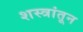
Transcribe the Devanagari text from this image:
शस्त्रांतून